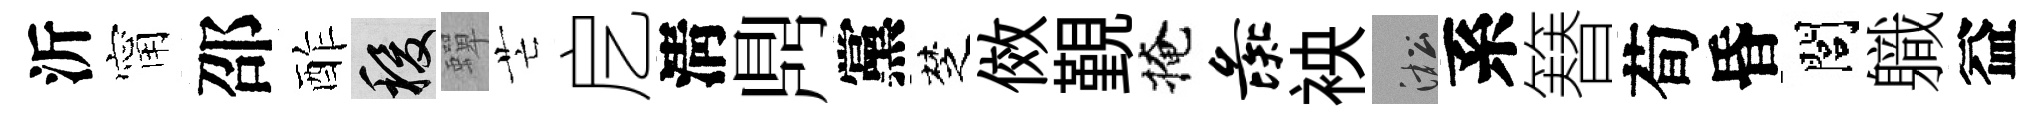
沂甯邵酢稷蟬芒戹淸𪔂黨椘傚覲掩彘䘧淞系簮荀昏閭軄益